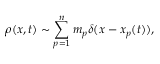
\rho ( x , t ) \sim \sum _ { p = 1 } ^ { n } m _ { p } \delta ( x - x _ { p } ( t ) ) ,